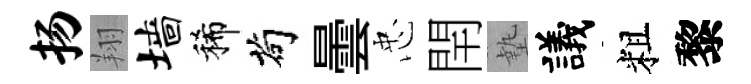
扬翔墙稀茍曇忠閈墊議粗黎